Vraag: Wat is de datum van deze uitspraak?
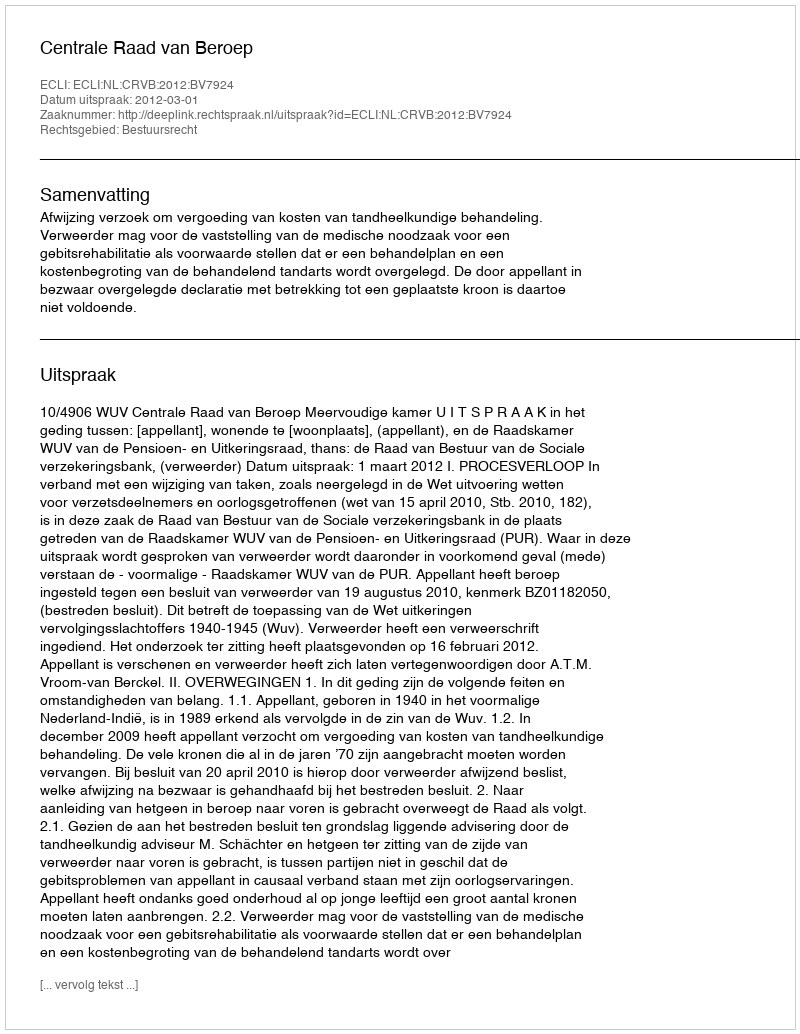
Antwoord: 2012-03-01